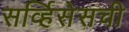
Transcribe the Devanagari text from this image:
सर्व्हिसेसची